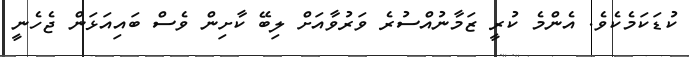
ކުޑަކަމެކެވެ. އެންމެ ކުރީ ޒަމާނުއްސުރެ ވަރުވާއަށް ލިބޭ ކާށިން ވެސް ބައިއަޅަން ޖެހެނީ